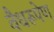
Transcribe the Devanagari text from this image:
वैधरूपेण